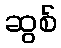
ဆွစ်